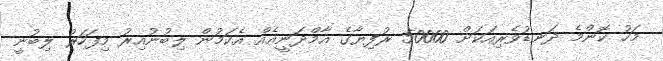
މަހު ކޮންމެ ދަނޑުވެރިއަކަށް 50000 ރުފިޔާގެ އާމްދަނީއެއް އެކަމުން ލިބުނުއިރު މިފަހަރު ލިބުނީ